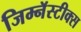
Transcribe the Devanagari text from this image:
जिम्नॅस्टीक्स